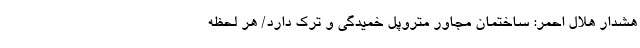
هشدار هلال احمر: ساختمان مجاور متروپل خمیدگی و ترک دارد/ هر لحظه